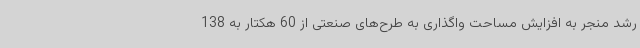
رشد منجر به افزایش مساحت واگذاری به طرح‌های صنعتی از 60 هکتار به 138